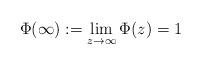
LaTeX: \begin{align*}\Phi(\infty) := \lim_{z\to \infty} \Phi(z) = 1\end{align*}